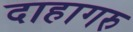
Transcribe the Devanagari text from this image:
दाहागरु